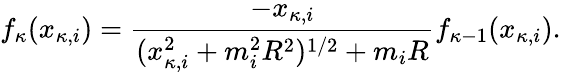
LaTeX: f_{\kappa}(x_{\kappa,i})={\frac{-x_{\kappa,i}}{(x_{\kappa,i}^{2}+m_{i}^{2}R^{2})^{1/2}+m_{i}R}}f_{\kappa-1}(x_{\kappa,i}).